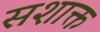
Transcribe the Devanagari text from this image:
सशाक्त